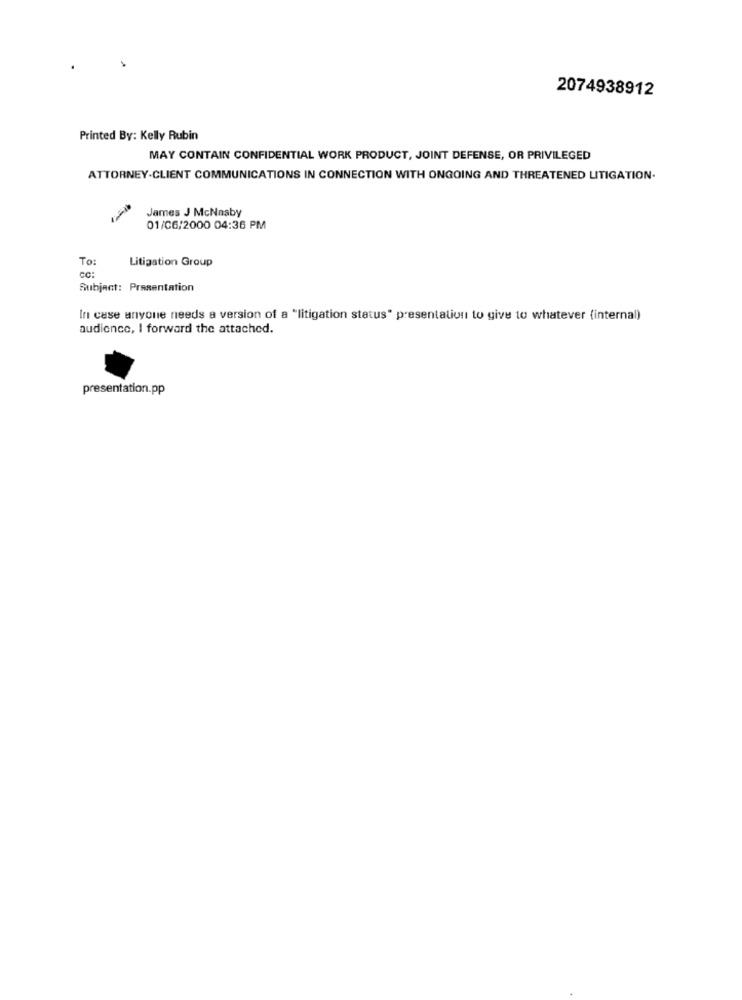
2074938912
Printed By: Kelly Rubin
MAY CONTAIN CONFIDENTIAL WORK PRODUCT, JOINT DEFENSE, OR PRIVILEGED
ATTORNEY-CLIENT COMMUNICATIONS IN CONNECTION WITH ONGOING AND THREATENED LITIGATION.
James J McNnaby
01/06/2000 04:36 PM
To:
Litigation Group
CC:
Subject: Presentation
In case anyone needs a version of a "litigation status" presentation to give to whatever (internal)
audience, I forward the attached.
presentation.pp